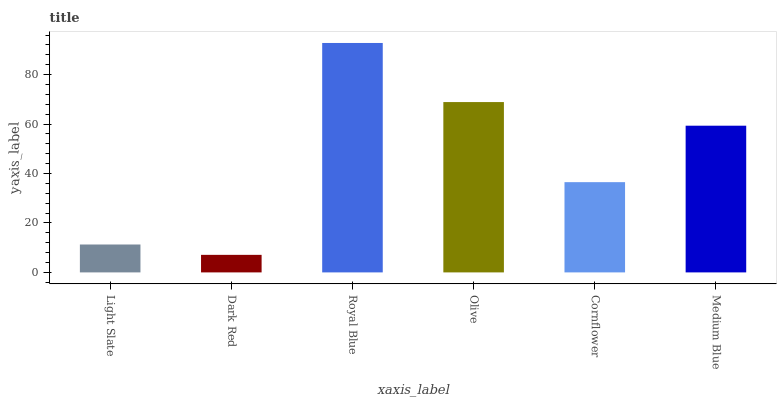
| xaxis_label | bars |
 | --- | --- |
 | Light Slate | 11.3 |
 | Dark Red | 7.1 |
 | Royal Blue | 92.8 |
 | Olive | 68.9 |
 | Cornflower | 36.5 |
 | Medium Blue | 59.3 |